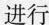
进行